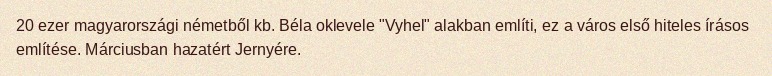
20 ezer magyarországi németből kb. Béla oklevele "Vyhel" alakban említi, ez a város első hiteles írásos említése. Márciusban hazatért Jernyére.